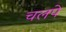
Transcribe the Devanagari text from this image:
चलपे